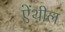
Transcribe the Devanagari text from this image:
ऐंथील